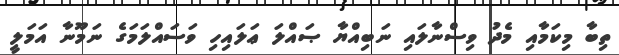
ތިބާ މިކަމާއި މެދު ވިސްނާލައި ނަބިއްޔާ ޞައްލަ ޢަލައިހި ވަސައްލަމަގެ ނަމޫނާ އަމަލީ